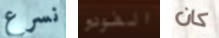
نسرع الفودو كان